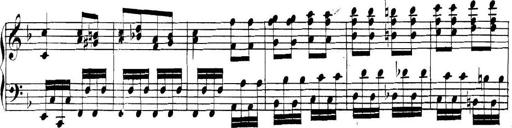
Title: Collected Piano Sonatas
Composer: Muzio Clementi